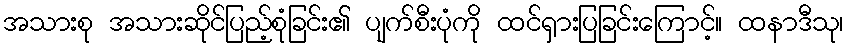
အသားစု အသားဆိုင်ပြည့်စုံခြင်း၏ ပျက်စီးပုံကို ထင်ရှားပြခြင်းကြောင့်။ ထနာဒီသု၊